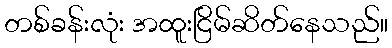
တစ်ခန်းလုံး အထူးငြိမ်ဆိတ်နေသည်။